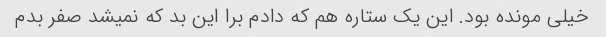
خیلی مونده بود. این یک ستاره هم که دادم برا این بد که نمیشد صفر بدم